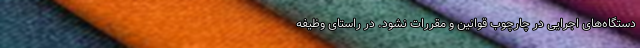
دستگاه‌های اجرایی در چارچوب قوانین و مقررات نشود. در راستای وظیفه